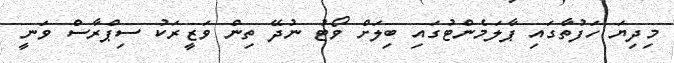
މިދިޔަ ހަފުތާގައި ޕާލަމެންޓުގައި ބިލަށް ވޯޓު ނުދޭ ތިން ވަޒީރަކު ސިޕްރާސް ވަނީ